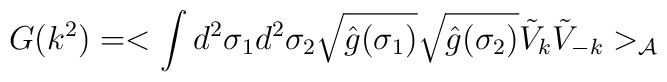
G(k^{2})=<\int d^{2}\sigma_{1} d^{2}\sigma_{2} \sqrt{\hat{g}(\sigma_{1})}\sqrt{\hat{g}(\sigma_{2})} {\tilde{V}}_{k} {\tilde{V}}_{-k}>_{\cal{A}}